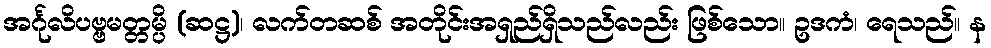
အင်္ဂုလိပဗ္ဗမတ္တမ္ပိ (ဆဋ္ဌ)၊ လက်တဆစ် အတိုင်းအရှည်ရှိသည်လည်း ဖြစ်သော။ ဥဒကံ၊ ရေသည်။ န